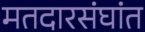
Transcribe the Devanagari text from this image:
मतदारसंघांत